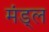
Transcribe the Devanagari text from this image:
मंड्ल